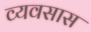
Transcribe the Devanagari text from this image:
व्यवसास